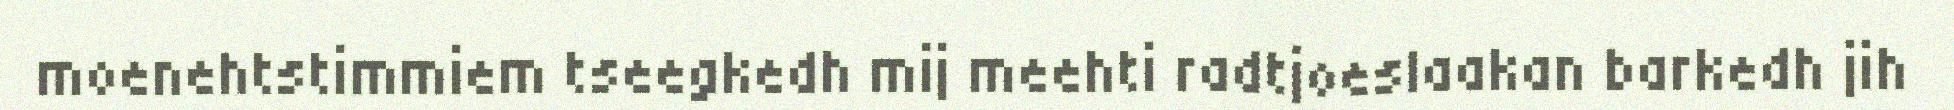
moenehtstimmiem tseegkedh mij meehti radtjoeslaakan barkedh jih